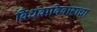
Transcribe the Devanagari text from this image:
विधवाविवाहाचा